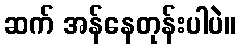
ဆက် အန်နေတုန်းပါပဲ။